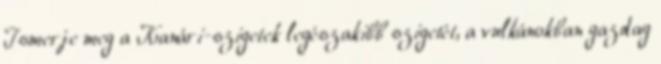
Ismerje meg a Kanári-szigetek legészakibb szigetét, a vulkánokban gazdag